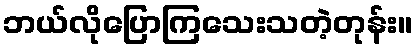
ဘယ်လိုပြောကြသေးသတဲ့တုန်း။